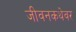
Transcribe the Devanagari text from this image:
जीवनकथेवर